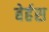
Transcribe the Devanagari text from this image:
बेर्हस